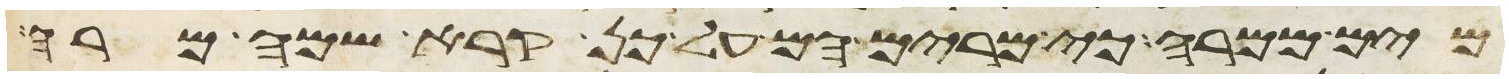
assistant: מים ממרה כי מרים הם על כן קרא שמה מרה